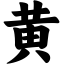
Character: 黄